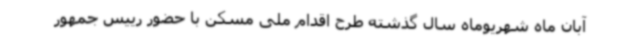
آبان ماه شهریوماه سال گذشته طرح اقدام ملی مسکن با حضور رییس جمهور